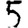
Digit: 5